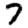
Digit: 7